Document type: Sale
Year: 1290
Scribe: Miquel Rotllan
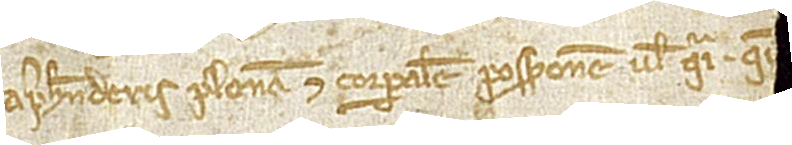
aprehenderis plenam et corporalem possessionem vel quasi, qu[...] [...]